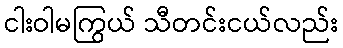
ငါးဝါမကြွယ် သီတင်းငယ်လည်း